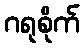
ဂရုစိုက်